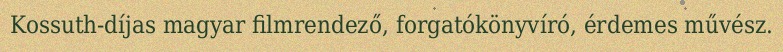
Kossuth-díjas magyar filmrendező, forgatókönyvíró, érdemes művész.